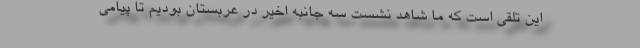
این تلقی است که ما شاهد نشست سه جانبه اخیر در عربستان بودیم تا پیامی